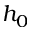
h _ { 0 }